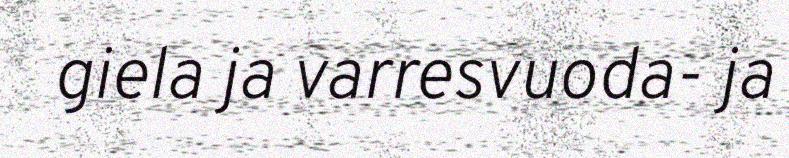
giela ja varresvuoda- ja